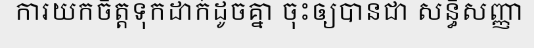
ការយកចិត្តទុកដាក់ដូចគ្នា ចុះឲ្យបានជា សន្ធិសញ្ញា